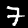
Label: 7